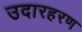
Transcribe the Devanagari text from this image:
उदारहरण